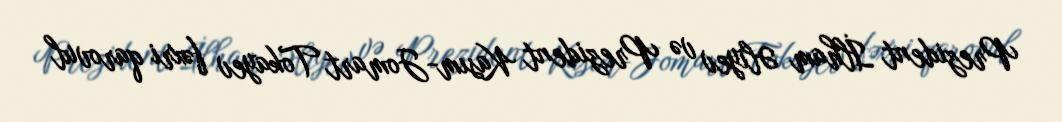
Prezident İlham Əliyev və Prezident Kasım-Jomart Tokayev fəxri qarovul